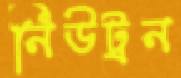
নিউট্রন